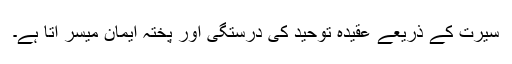
سیرت کے ذریعے عقیدہ توحید کی درستگی اور پختہ ایمان میسر آتا ہے۔